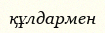
құлдармен